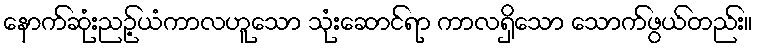
နောက်ဆုံးညဉ့်ယံကာလဟူသော သုံးဆောင်ရာ ကာလရှိသော သောက်ဖွယ်တည်း။